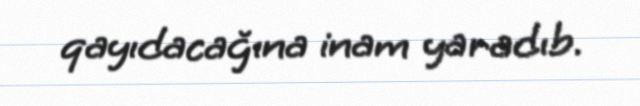
qayıdacağına inam yaradıb.